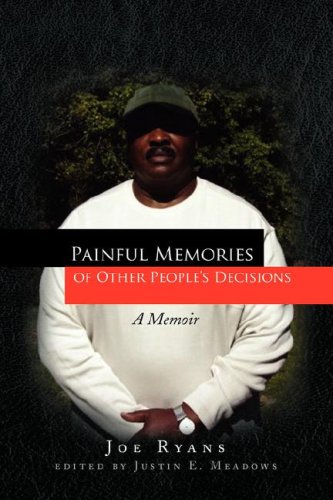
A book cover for Painful Memories of Other People's Decisions: A Memoir; Joe Ryans; Parenting & Relationships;